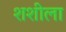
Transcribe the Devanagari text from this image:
शशीला